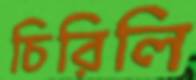
চিরিলি